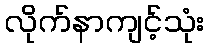
လိုက်နာကျင့်သုံး